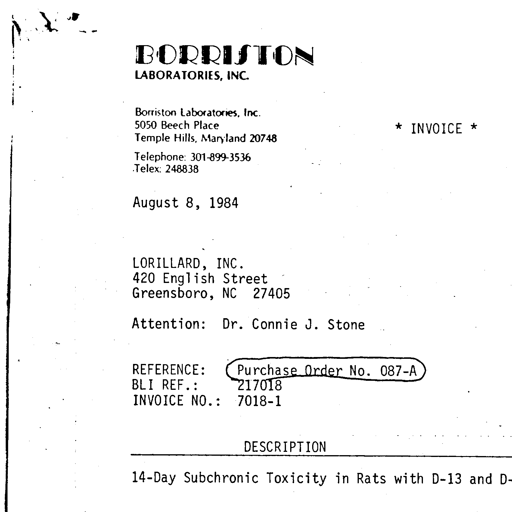
BORRISTON
LABORATORIES, INC.

Borriston Laboratories, Inc.
5050 Beech Place
Temple Hills, Maryland 20748

Telephone: 301-899-3536
Telex: 248838

* INVOICE *

August 8, 1984

LORILLARD, INC.
420 English Street
Greensboro, NC 27405

Attention: Dr. Connie J. Stone

REFERENCE: Purchase Order No. 087-A
BLI REF.: 217018
INVOICE NO.: 7018-1

DESCRIPTION

14-Day Subchronic Toxicity in Rats with D-13 and D-